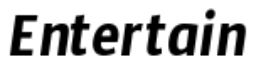
Entertain